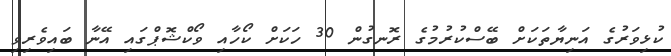
ކުޅިވަރުގެ އަނިޔާތަކަށް ބޭސްކުރުމުގެ ރޮނގުން 30 ހަކަށް ކޯހާއި ވޯކްޝޮޕްގައި އޭނާ ބައިވެރިވި